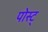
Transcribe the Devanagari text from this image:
पोस्ट्